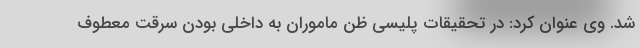
شد. وی عنوان کرد: در تحقیقات پلیسی ظن ماموران به داخلی بودن سرقت معطوف